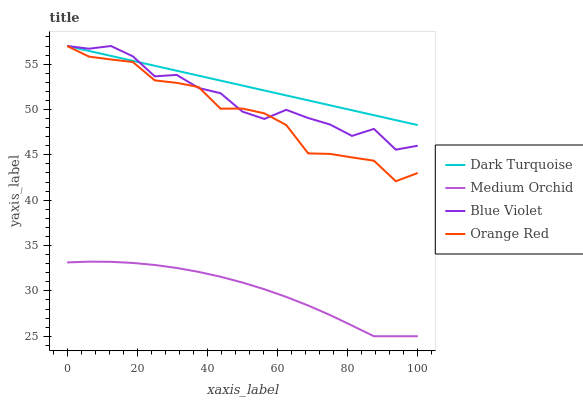
| xaxis_label | Dark Turquoise | Medium Orchid | Blue Violet | Orange Red |
 | --- | --- | --- | --- | --- |
 | 0 | 57 | 33.1 | 57 | 57 |
 | 6.25 | 56.5 | 33.2 | 56.7 | 55.8 |
 | 12.5 | 55.9 | 33.2 | 57 | 55.5 |
 | 18.8 | 55.4 | 33.1 | 55.9 | 55.2 |
 | 25 | 54.8 | 32.9 | 53.7 | 53.2 |
 | 31.2 | 54.3 | 32.5 | 53.8 | 52.9 |
 | 37.5 | 53.7 | 32.1 | 52.4 | 52.5 |
 | 43.8 | 53.2 | 31.6 | 51.8 | 50.1 |
 | 50 | 52.6 | 30.9 | 49.8 | 50.1 |
 | 56.2 | 52.1 | 30.2 | 49 | 49.6 |
 | 62.5 | 51.6 | 29.3 | 50 | 48.3 |
 | 68.8 | 51 | 28.4 | 49.1 | 45.2 |
 | 75 | 50.5 | 27.3 | 48.3 | 45.1 |
 | 81.2 | 49.9 | 26.2 | 47.1 | 44.7 |
 | 87.5 | 49.4 | 25 | 47.9 | 44.4 |
 | 93.8 | 48.8 | 25 | 45.6 | 42.1 |
 | 100 | 48.3 | 25 | 46 | 43 |